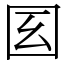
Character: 𡆻